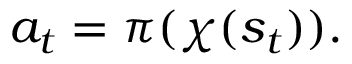
a _ { t } = \pi ( \chi ( s _ { t } ) ) .